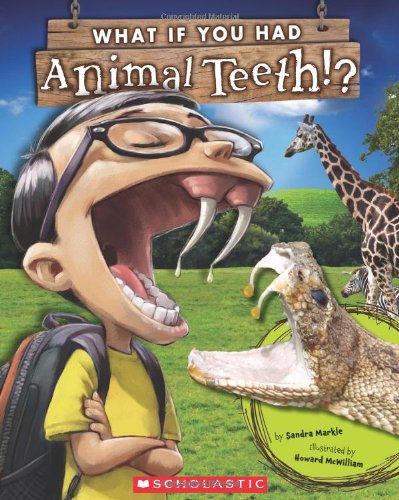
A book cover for What If You Had Animal Teeth?; Sandra Markle; Children's Books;